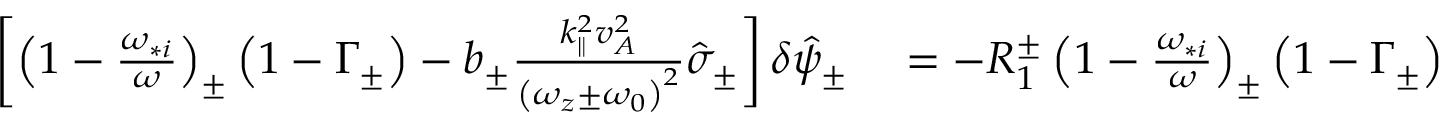
\begin{array} { r l } { \left[ \left( 1 - \frac { \omega _ { * i } } { \omega } \right) _ { \pm } \left( 1 - \Gamma _ { \pm } \right) - b _ { \pm } \frac { k _ { \parallel } ^ { 2 } v _ { A } ^ { 2 } } { \left( \omega _ { z } \pm \omega _ { 0 } \right) ^ { 2 } } \hat { \sigma } _ { \pm } \right] \delta \hat { \psi } _ { \pm } } & { { } = - R _ { 1 } ^ { \pm } \left( 1 - \frac { \omega _ { * i } } { \omega } \right) _ { \pm } \left( 1 - \Gamma _ { \pm } \right) } \end{array}